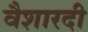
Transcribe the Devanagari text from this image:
वैशारदी